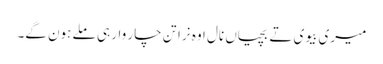
میری بیوی تے بچیاں نال اوہ نرا تِن چار وار ہی ملے ہون گے۔